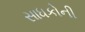
સાધકોની